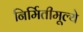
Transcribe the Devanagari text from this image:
निर्मितीमूल्ये